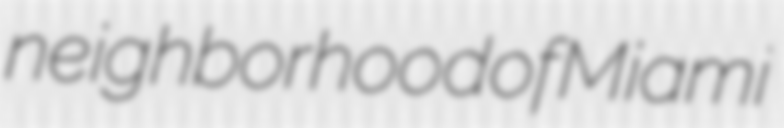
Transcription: neighborhood of Miami